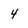
Character: 4